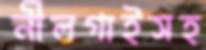
নীলগাইসহ